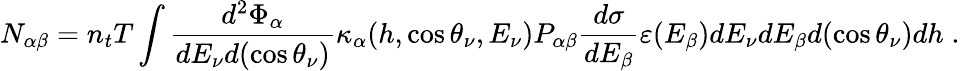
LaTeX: N_{\alpha\beta}=n_{t}T\int\frac{d^{2}\Phi_{\alpha}}{dE_{\nu}d(\cos\theta_{\nu})}\kappa_{\alpha}(h,\cos\theta_{\nu},E_{\nu})P_{\alpha\beta}\frac{d\sigma}{dE_{\beta}}\varepsilon(E_{\beta})dE_{\nu}dE_{\beta}d(\cos\theta_{\nu})dh\; .